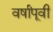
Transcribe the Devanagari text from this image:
वर्षांपूवी